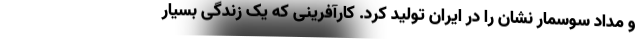
و مداد سوسمار نشان را در ایران تولید کرد. کارآفرینی که یک زندگی بسیار